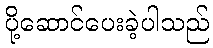
ပို့ဆောင်ပေးခဲ့ပါသည်